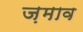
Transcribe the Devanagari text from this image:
ज़माव